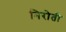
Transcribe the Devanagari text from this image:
निरोती